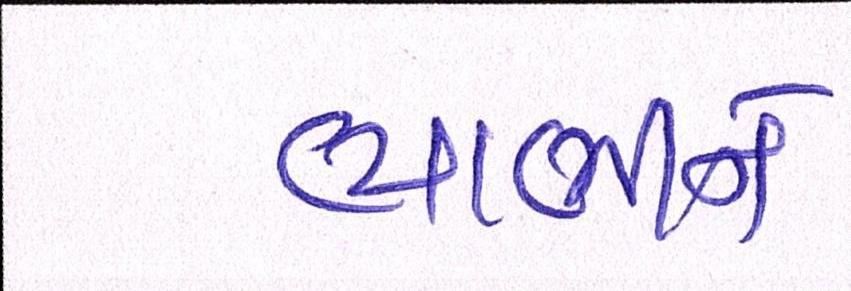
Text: ભાભીને